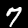
Digit: 7